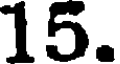
15.